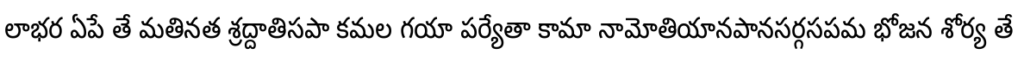
లాభర ఏపే తే మతినత శ్రద్దాతిసపా కమల గయా పర్యేతా కామా నామోతియానపానసర్గసపమ భోజన శోర్య తే